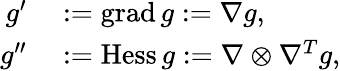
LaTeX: \begin{array}{rl}{g^{\prime}}&{{}:=\operatorname{grad}g:=\nabla g,}\\ {g^{\prime\prime}}&{{}:=\operatorname*{Hess}g:=\nabla\otimes\nabla^{T}g,}\end{array}